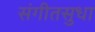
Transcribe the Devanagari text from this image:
संगीतसुधा